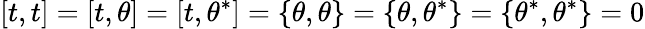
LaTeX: \left[t,t\right]=\left[t,\theta\right]=\left[t,\theta^{*}\right]=\left\{ \theta,\theta\right\} =\left\{ \theta,\theta^{*}\right\} =\left\{ \theta^{*},\theta^{*}\right\} =0